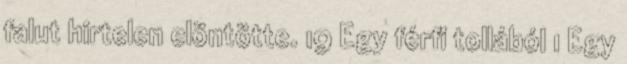
falut hirtelen elöntötte. 19 Egy férfi tollából 1 Egy